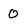
Character: 0